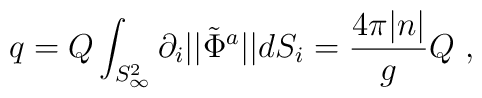
q = Q \int_{S^2_\infty}{\partial_i  ||\tilde{\Phi}^a ||}dS_i   =\frac{4 \pi |n| }{g} Q \ ,